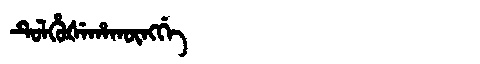
Manchu: ᡨᡠᠯᡥᡠᡧᡝᡥᠠᡴᡡᠩᡤᡝ
Romanization: TULHUŠEHAKŪNGGE